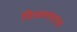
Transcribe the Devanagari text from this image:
विश्वनाथाचा